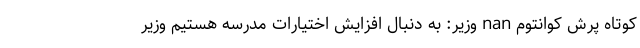
کوتاه پرش کوانتوم nan وزیر: به دنبال افزایش اختیارات مدرسه هستیم وزیر